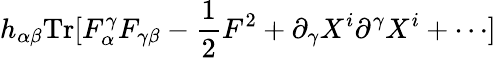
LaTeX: h_{\alpha\beta}\mathrm{Tr}[F_{\alpha}^{\gamma}F_{\gamma\beta}-{\frac{1}{2}}F^{2}+\partial_{\gamma}X^{i}\partial^{\gamma}X^{i}+\cdots]